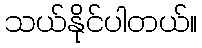
သယ်နိုင်ပါတယ်။